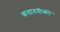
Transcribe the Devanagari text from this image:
कलावतीको